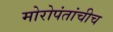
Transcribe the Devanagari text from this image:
मोरोपंतांचीच